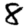
Digit: 8